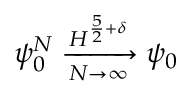
\psi _ { 0 } ^ { N } \xrightarrow [ N \rightarrow \infty ] { H ^ { \frac { 5 } { 2 } + \delta } } \psi _ { 0 }